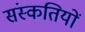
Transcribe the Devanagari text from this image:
संस्कतियों